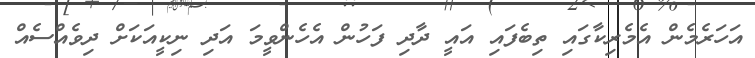
އަހަރެމެން އެމެރިކާގައި ތިބެފައި އައީ ދާދި ފަހުން އެހެންވީމަ އަދި ނިކީއަކަށް ދިވެއްސެއް